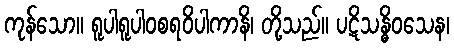
ကုန်သော။ ရူပါရူပါဝစရဝိပါကာနိ၊ တို့သည်။ ပဋိသန္ဓိဝသေန၊